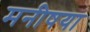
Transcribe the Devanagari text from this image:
मनीषया